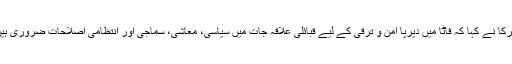
شرکا نے کہا کہ فاٹا میں دیرپا امن و ترقی کے لیے قبائلی علاقہ جات میں سیاسی، معاشی، سماجی اور انتظامی اصلاحات ضروری ہیں۔